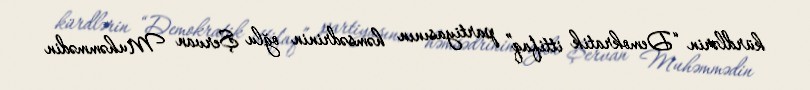
kürdlərin “Demokratik ittifaq” partiyasının həmsədrinin oğlu Şervan Muhəmmədin